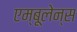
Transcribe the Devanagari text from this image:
एम्‍बूलेन्‍स